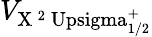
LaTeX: V_{\mathrm{X\, ^{2}\ Upsigma_{1/2}^{+}}}